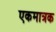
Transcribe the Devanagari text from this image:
एकमात्रक